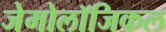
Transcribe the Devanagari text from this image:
जेमोलॉजिकल